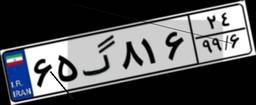
۶۵گ۸۱۶۲۴